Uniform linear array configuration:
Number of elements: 8
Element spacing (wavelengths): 0.5
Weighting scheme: cosine
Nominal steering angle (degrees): -30
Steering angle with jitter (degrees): -30.712
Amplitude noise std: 0.05
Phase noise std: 0.05

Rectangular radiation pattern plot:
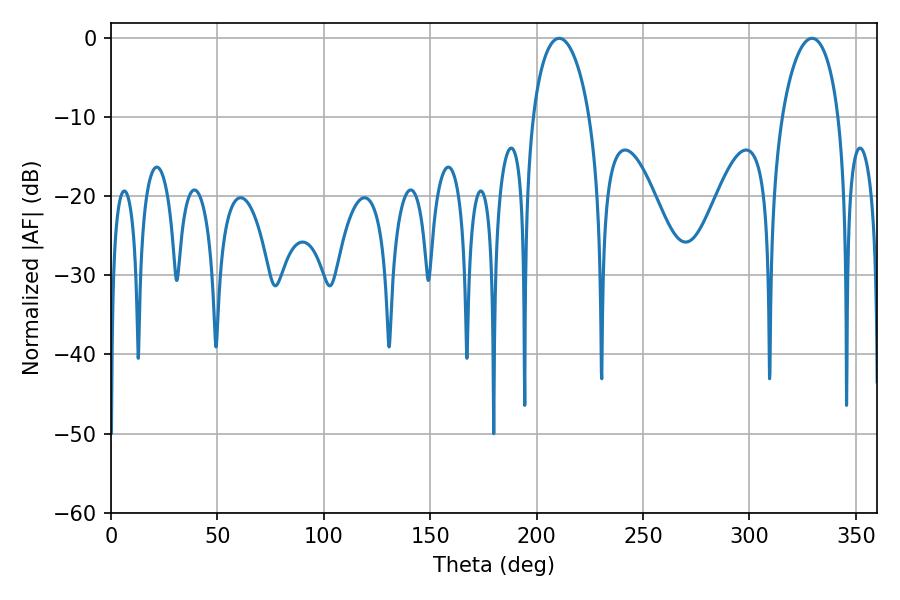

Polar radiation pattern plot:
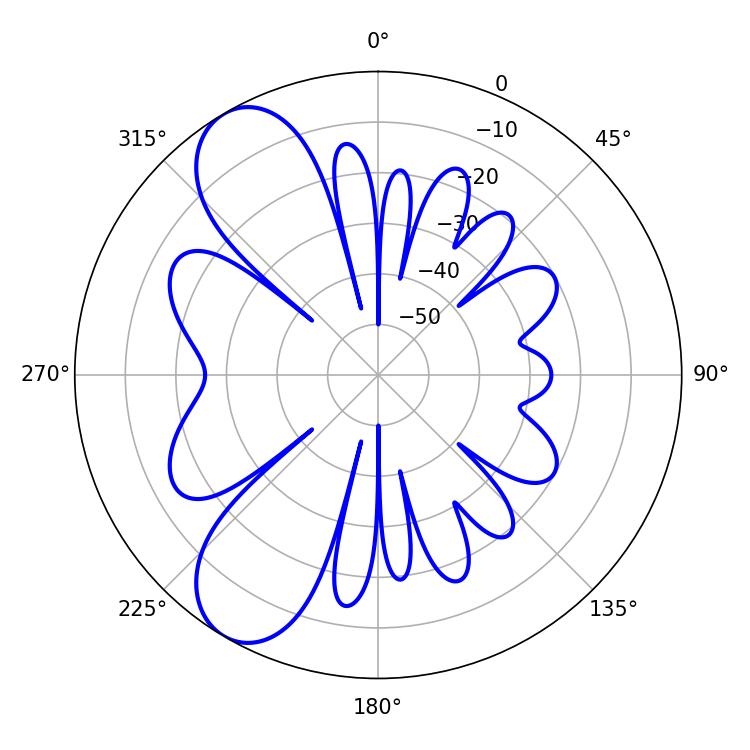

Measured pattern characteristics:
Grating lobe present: FALSE
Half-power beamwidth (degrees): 15.3
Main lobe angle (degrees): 210.6